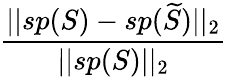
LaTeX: \frac{||sp(S)-sp(\widetilde{S})||_{2}}{||sp(S)||_{2}}